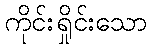
ကိုင်းရှိုင်းသော